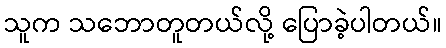
သူက သဘောတူတယ်လို့ ပြောခဲ့ပါတယ်။